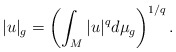
\begin{align*}|u|_{g}=\left(\int_{M}|u|^{q}d\mu_{g}\right)^{1/q}.\end{align*}